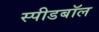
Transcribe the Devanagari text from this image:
स्पीडबॉल